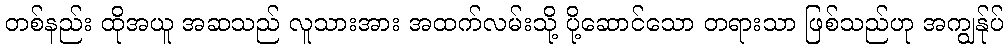
တစ်နည်း ထိုအယူ အဆသည် လူသားအား အထက်လမ်းသို့ ပို့ဆောင်သော တရားသာ ဖြစ်သည်ဟု အကျွန်ုပ်